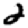
Digit: 2